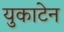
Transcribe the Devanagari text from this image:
युकाटेन